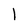
Character: l